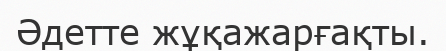
Әдетте жұқажарғақты.